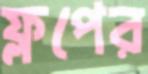
ফ্লপের